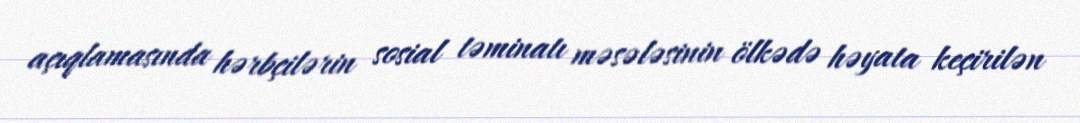
açıqlamasında hərbçilərin sosial təminatı məsələsinin ölkədə həyata keçirilən